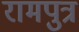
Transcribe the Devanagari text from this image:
रामपुत्र